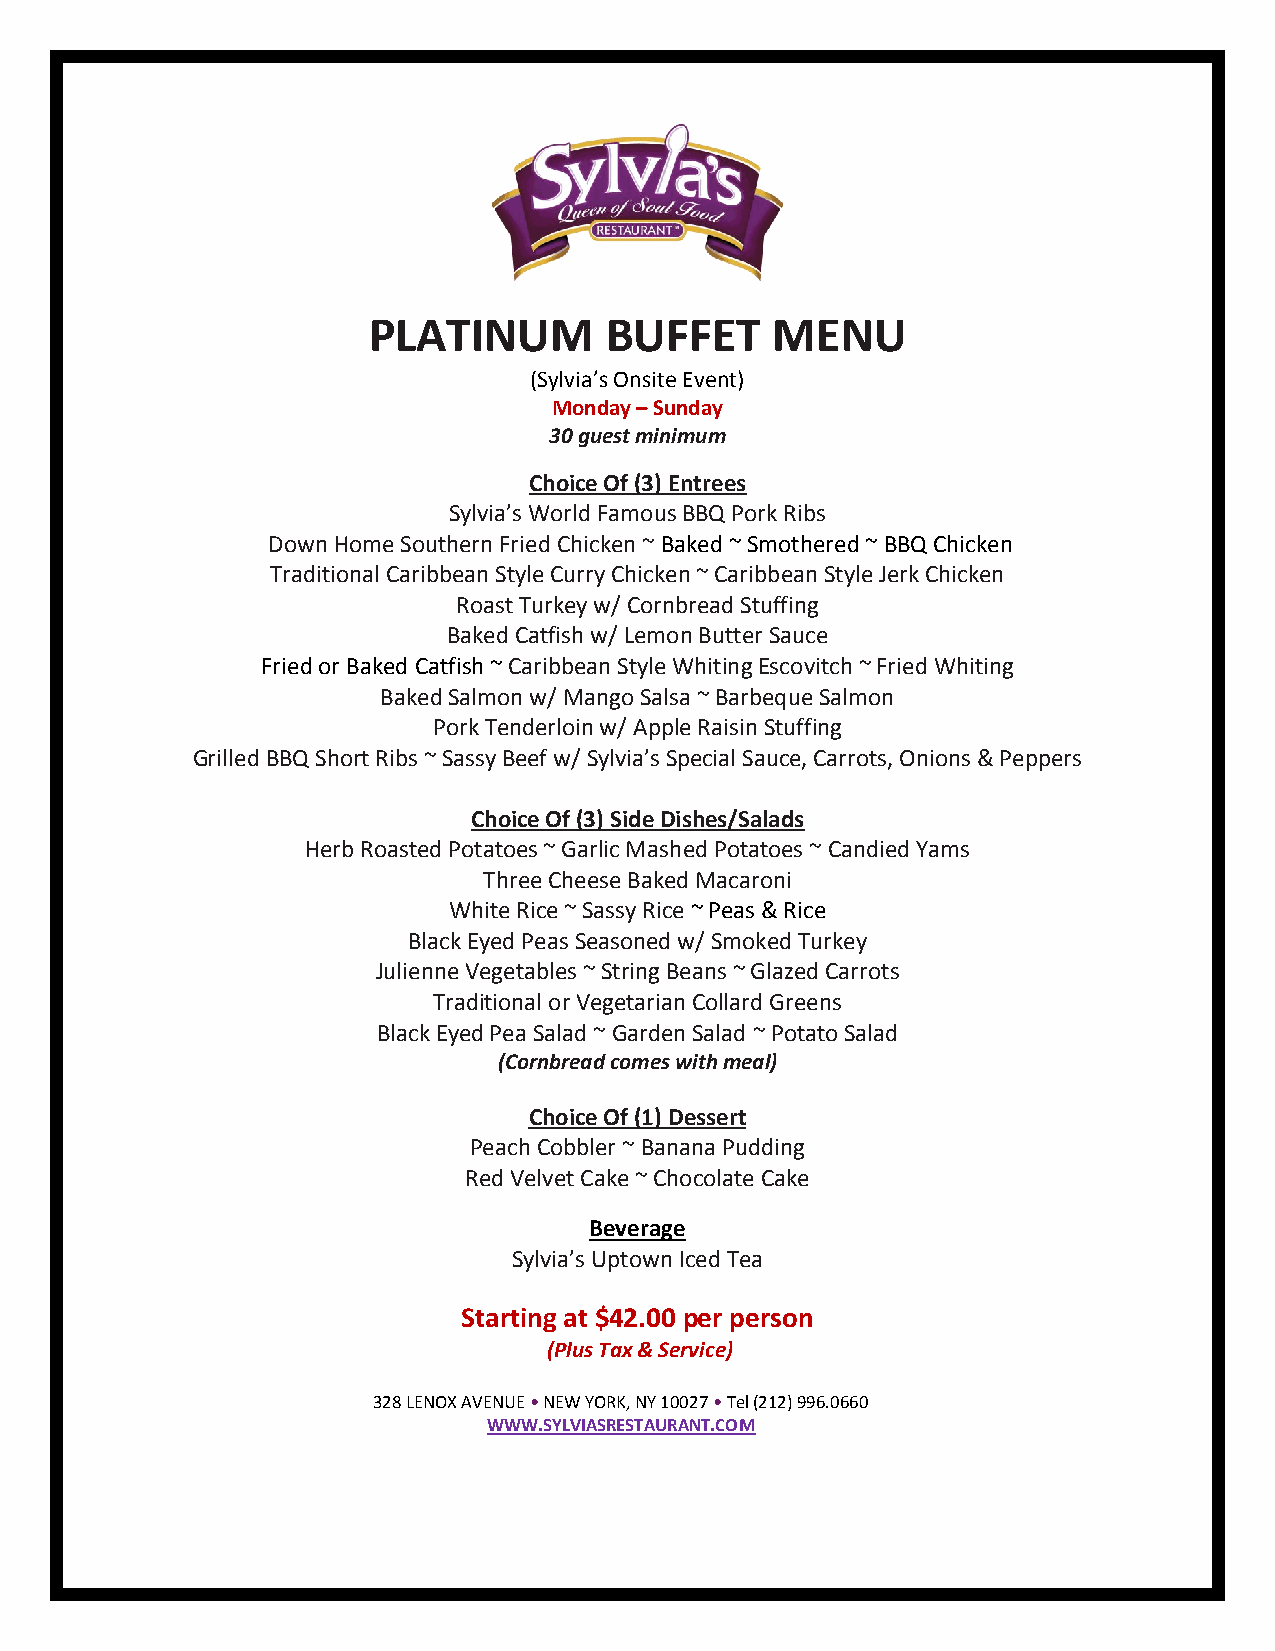
PLATINUM        BUFFET     MENU
 (Sylvia’s Onsite Event)
 Monday – Sunday
 30 guest minimum
 Choice Of (3) Entrees
 Sylvia’s World Famous BBQ Pork Ribs
 Down Home Southern Fried Chicken ~ Baked ~ Smothered ~ BBQ Chicken
 Traditional Caribbean Style Curry Chicken ~ Caribbean Style Jerk Chicken
 Roast Turkey w/ Cornbread Stuffing
 Baked Catfish w/ Lemon Butter Sauce
 Fried or Baked Catfish ~ Caribbean Style Whiting Escovitch ~ Fried Whiting
 Baked Salmon w/ Mango Salsa ~ Barbeque Salmon
 Pork Tenderloin w/ Apple Raisin Stuffing
 Grilled BBQ Short Ribs ~ Sassy Beef w/ Sylvia’s Special Sauce, Carrots, Onions & Peppers
 Choice Of (3) Side Dishes/Salads
 Herb Roasted Potatoes ~ Garlic Mashed Potatoes ~ Candied Yams
 Three Cheese Baked Macaroni
 White Rice ~ Sassy Rice ~ Peas & Rice
 Black Eyed Peas Seasoned w/ Smoked Turkey
 Julienne Vegetables ~ String Beans ~ Glazed Carrots
 Traditional or Vegetarian Collard Greens
 Black Eyed Pea Salad ~ Garden Salad ~ Potato Salad
 (Cornbread comes with meal)
 Choice Of (1) Dessert
 Peach Cobbler ~ Banana Pudding
 Red Velvet Cake ~ Chocolate Cake
 Beverage
 Sylvia’s Uptown Iced Tea
 Starting at $42.00 per person
 (Plus Tax & Service)
 328 LENOX AVENUE • NEW YORK, NY 10027 • Tel (212) 996.0660
 WWW.SYLVIASRESTAURANT.COM